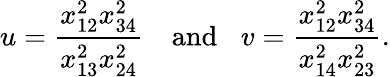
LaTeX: u=\frac{x_{12}^{2}x_{34}^{2}}{x_{13}^{2}x_{24}^{2}}\, \, \, \, \, \, \mathrm{and}\, \, \, \, \, v=\frac{x_{12}^{2}x_{34}^{2}}{x_{14}^{2}x_{23}^{2}}.